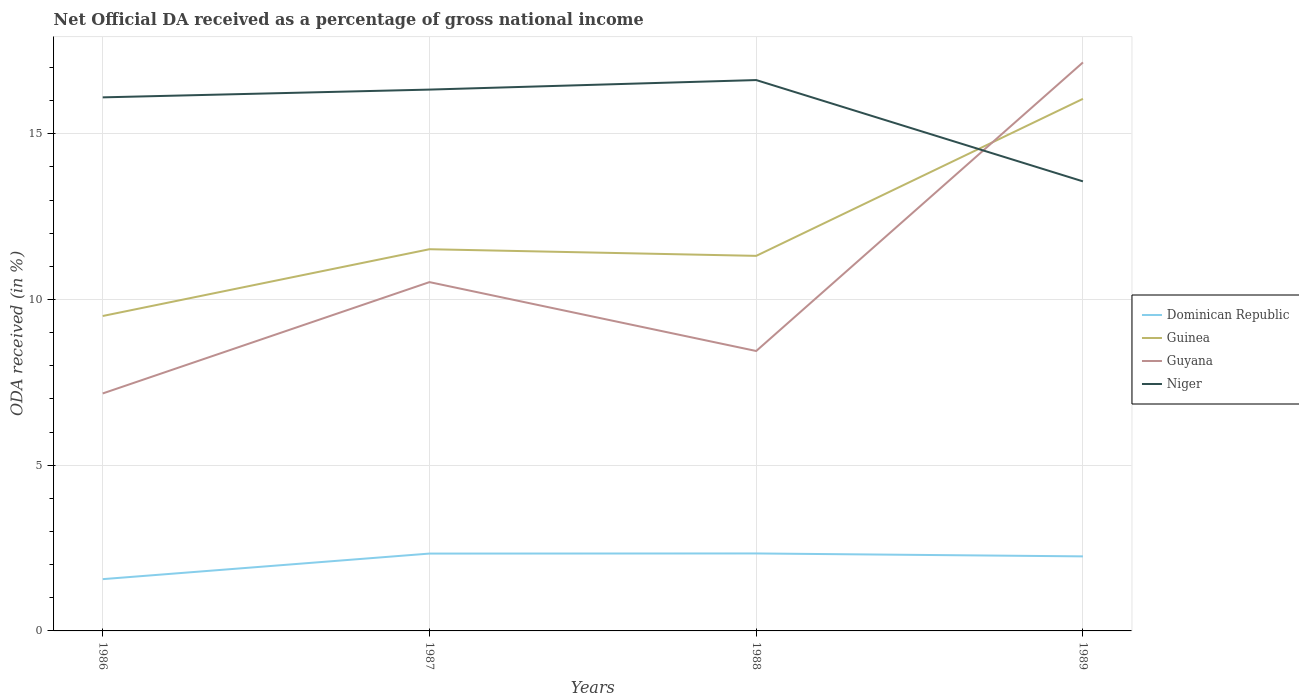
| Years | Dominican Republic | Guinea | Guyana | Niger |
 | --- | --- | --- | --- | --- |
 | 1986 | 1.56 | 9.5 | 7.17 | 16.1 |
 | 1987 | 2.33 | 11.5 | 10.5 | 16.3 |
 | 1988 | 2.34 | 11.3 | 8.45 | 16.6 |
 | 1989 | 2.25 | 16.1 | 17.2 | 13.6 |